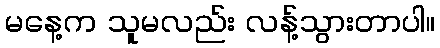
မနေ့က သူမလည်း လန့်သွားတာပါ။